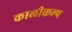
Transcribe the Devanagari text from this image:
कालीकल्प